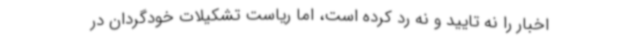
اخبار را نه تایید و نه رد کرده است، اما ریاست‌ تشکیلات خودگردان در